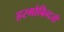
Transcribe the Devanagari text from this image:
हरगोबिन्दजी